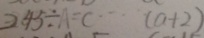
2 4 5 \div A = C \cdots ( a + 2 )